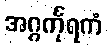
အဂ္ဂင်္ကုရကံ